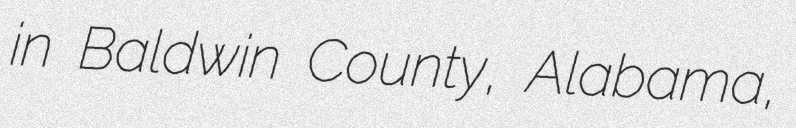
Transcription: in Baldwin County, Alabama,